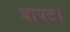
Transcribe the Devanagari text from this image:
बापट।